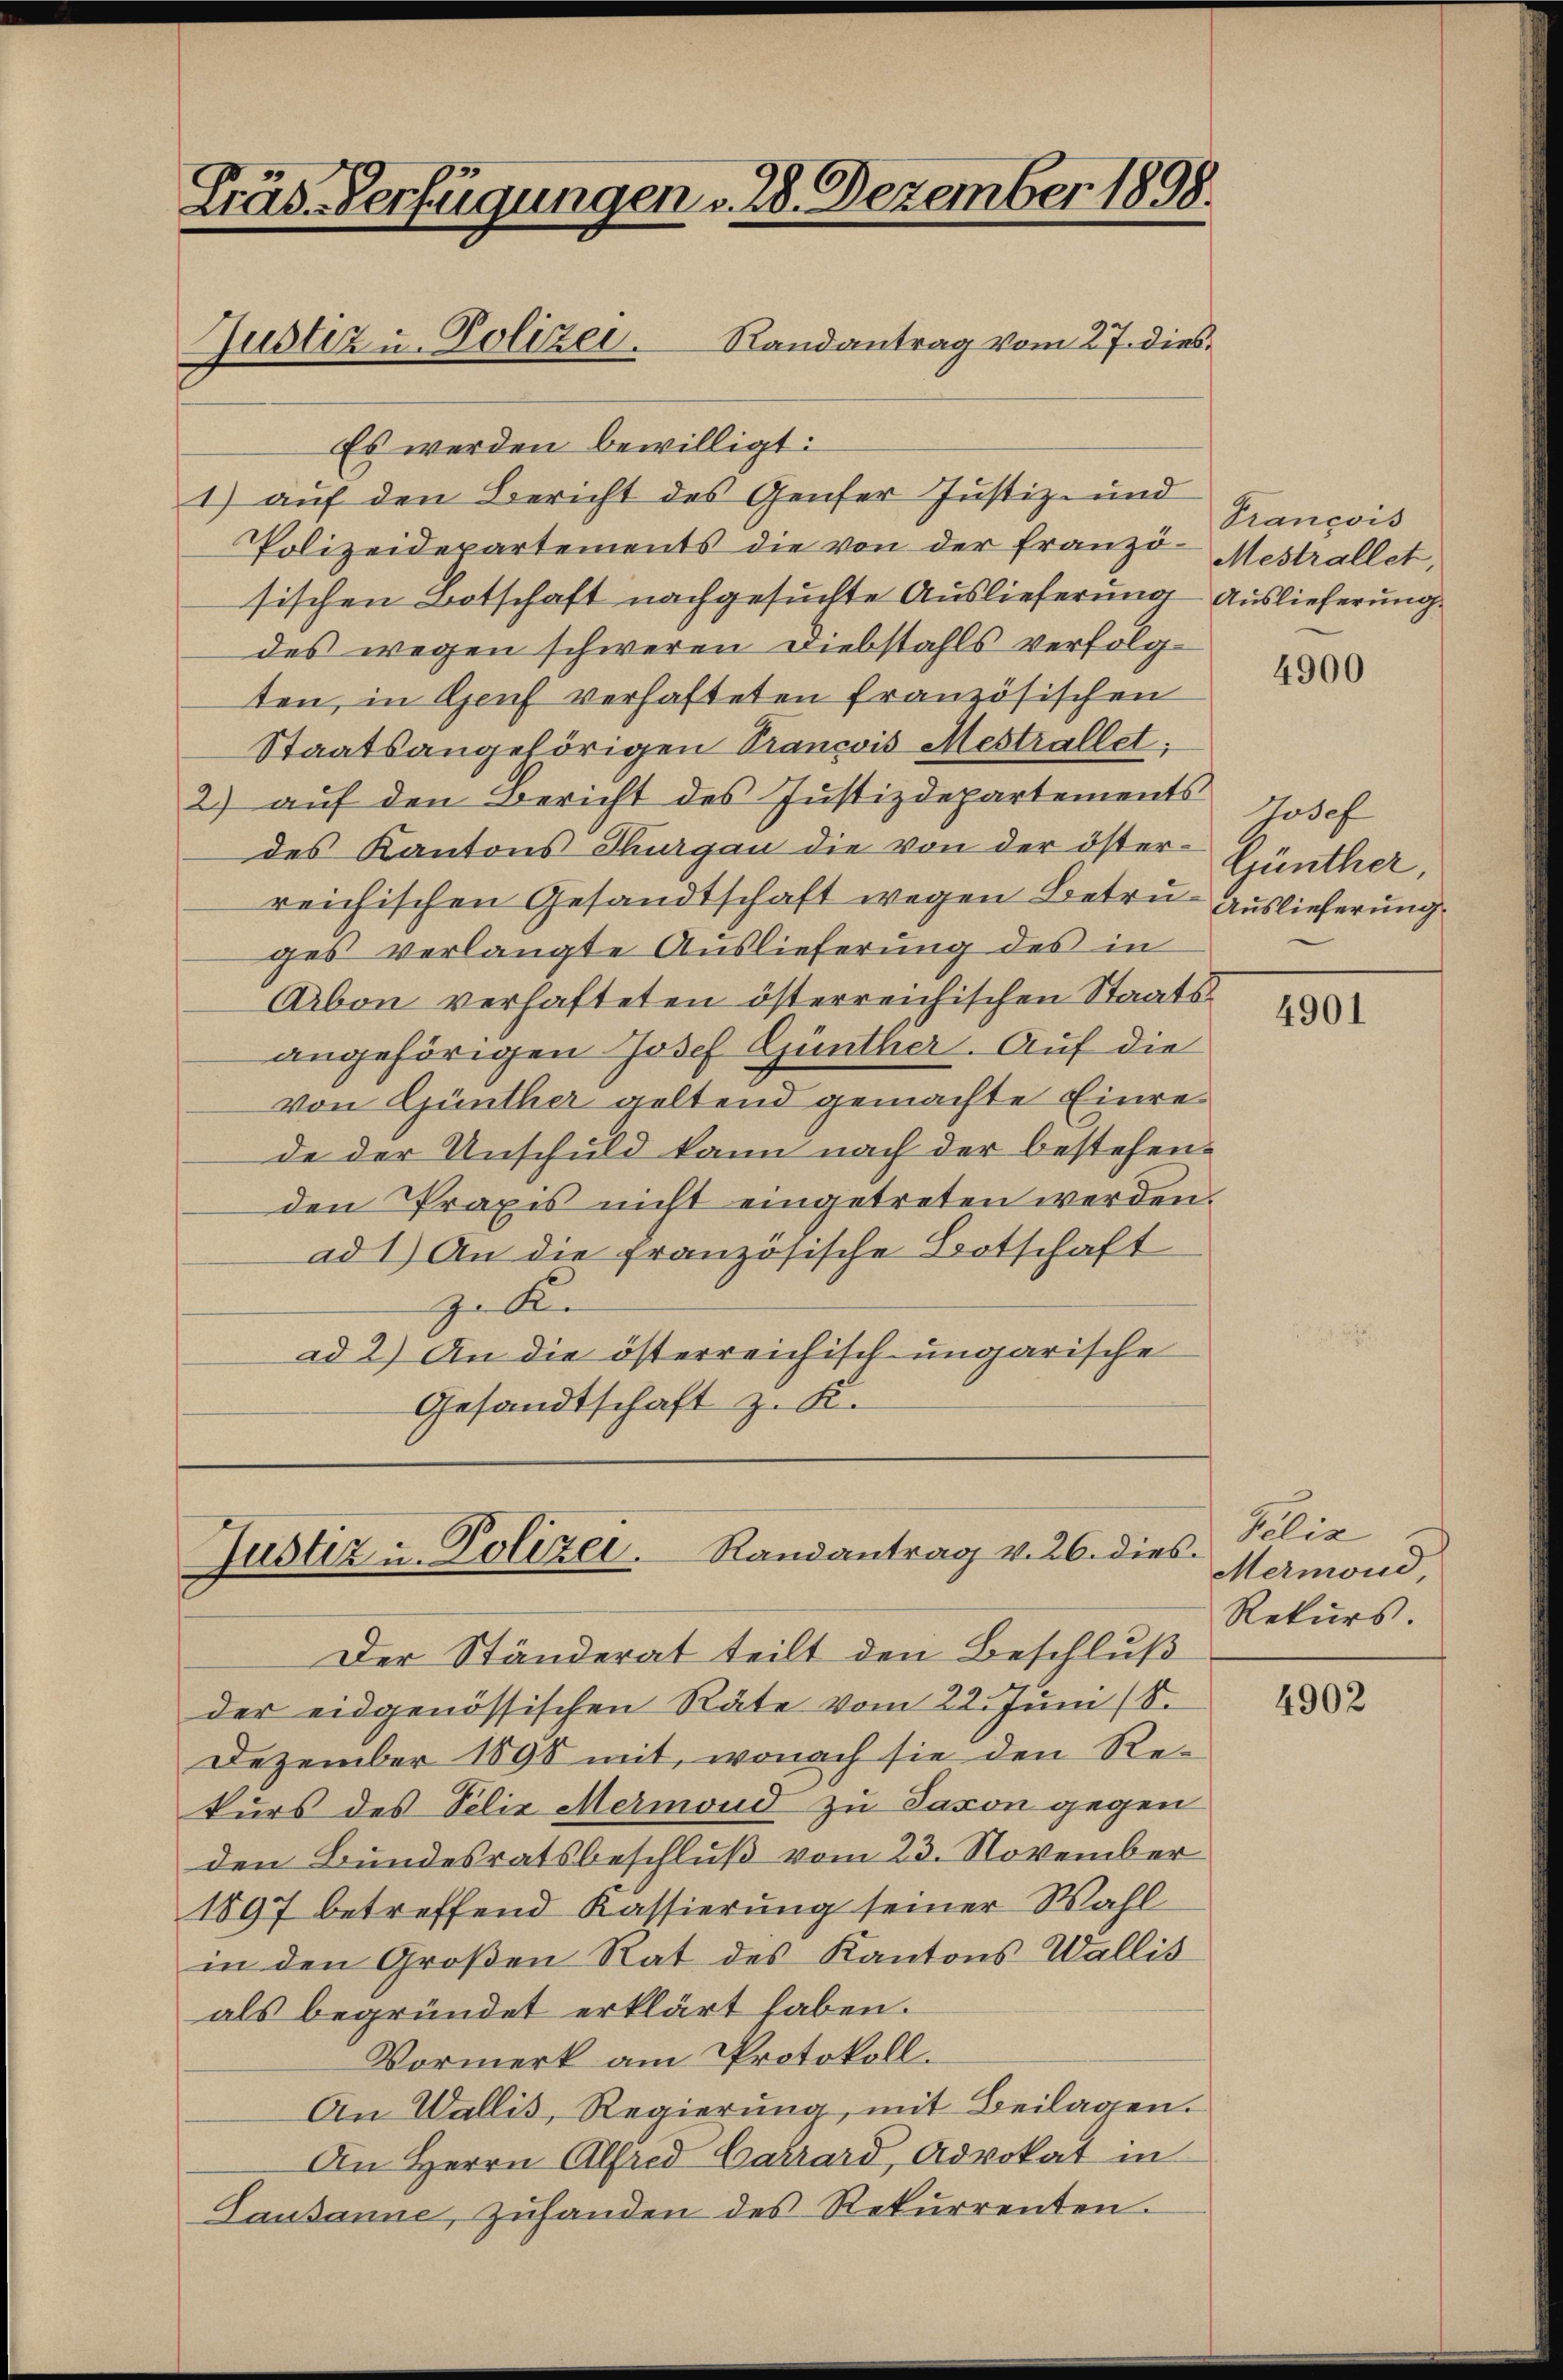
Gräs. Verfügungen d. 28. Dezember 1898.
Randantrag vom 27. dies
Justiz u. Polizei.

Es werden bewilligt:
1) auf den Bericht des Genfer Justiz- und
Polizeidepartements die von der franzö-Mestrallet,
sischen Botschaft nachgesuchte Auslieferung Auslieferung
des wegen schweren Diebstahls verfolgten, in Genf verhafteten französischen
Staatsangehörigen Trancois Mestrallet;
2) auf den Bericht des Justizdepartements
des Kantons Thurgau die von der österreichischen Gesandtschaft wegen Betru- Auslieferung
ges verlangte Auslieferung des in
Arbon verhafteten österreichischen Staatsangehörigen Josef Günther. Auf die
von Günther geltend gemachte Einrede der Unschuld kann nach der bestehenden Praxis nicht eingetreten werden.
ad 1) An die französische Botschaft
zu Ke
ad 2.) An die österreichisch ungarische
Gesandtschaft z. K.

lustiz u. Polizei. Randantrag v. 26. dies

Der Ständerat teilt den Beschluß
der eidgenössischen Räte vom 22. Juni (8.
Dezember 1898 mit, wonach sie den Rekurs des Felix Mermond zu Saxon gegen
den Bundesratsbeschluß vom 23. November
1897 betreffend Kassierung seiner Wahl
in den Großen Rat des Kantons Wallis
als begründet erklärt haben.
Vormerk am Protokoll.
An Wallis, Regierung, mit Beilagen.
An Herrn Alfred Carrard, Advokat in
Lausanne, zŭhanden des Rekurrenten.

Trancois

4900

Josef
Günther,

4901

Telia
Mermond
Rekurs.

4902